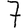
Digit: 7